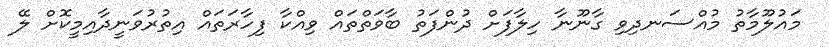
މައުލޫމާތު މުއްސަނދިވި ގާނޫނާ ހިލާފަށް ދުންފަތު ބާވަތްތައް ވިއްކާ ފިހާރަތައް އިތުރުވަނީދާއިމީކޮށް ލޭ